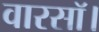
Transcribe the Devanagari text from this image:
वारसॉ।